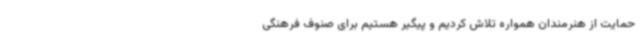
حمایت‌ از هنرمندان همواره تلاش کردیم و پیگیر هستیم برای صنوف فرهنگی